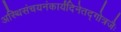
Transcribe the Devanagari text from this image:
अस्थिसंचयनंकार्यंदिनेतद्गोत्रजैः